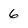
Character: 6